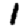
Digit: 1